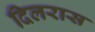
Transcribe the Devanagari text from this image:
दिलरास